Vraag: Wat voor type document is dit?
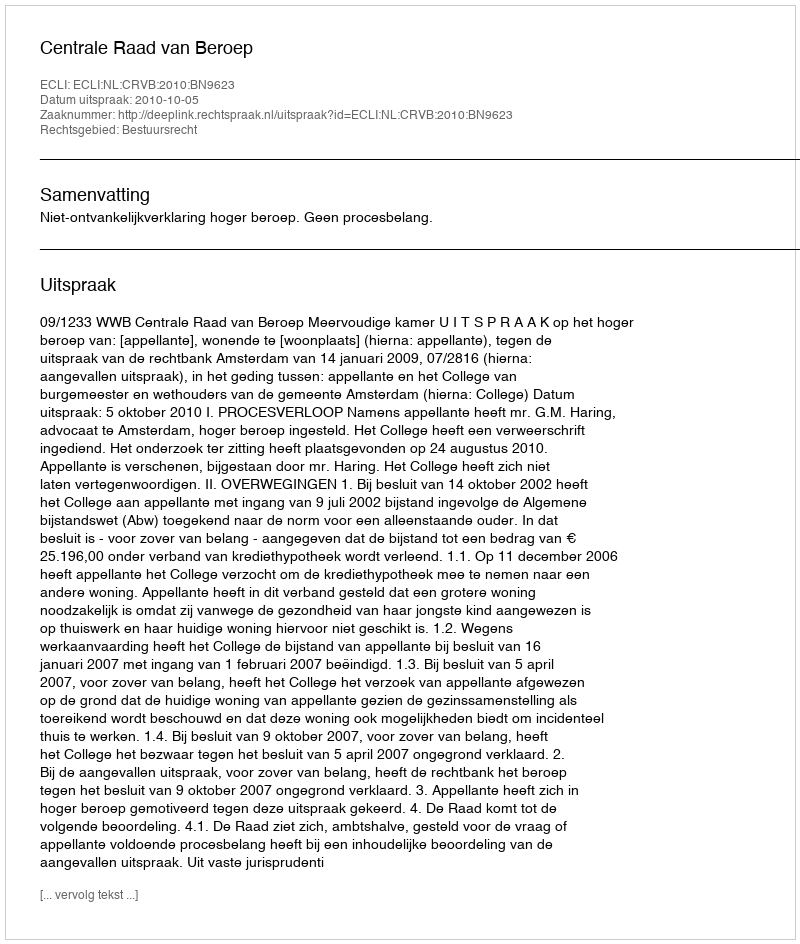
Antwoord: Uitspraak